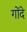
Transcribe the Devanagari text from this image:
गोंदे